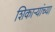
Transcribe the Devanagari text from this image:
शिकाऱ्यांच्या